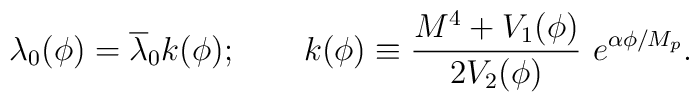
\lambda_{0} (\phi) =\overline{\lambda}_{0}k(\phi);\qquad k(\phi)\equiv\frac{M^{4}+V_{1}(\phi)}{2V_{2}(\phi)}\ e^{\alpha\phi /M_{p}}.